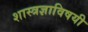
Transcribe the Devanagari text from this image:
शास्त्रज्ञाविषयी